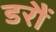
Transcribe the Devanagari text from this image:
डरौं